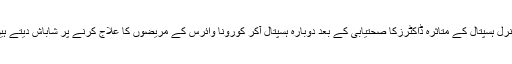
جنرل ہسپتال کے متاثرہ ڈاکٹرزکا صحتیابی کے بعد دوبارہ ہسپتال آکر کورونا وائرس کے مریضوں کا علاج کرنے پر شاباش دیتے ہیں۔